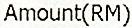
AMOUNT(RM)